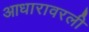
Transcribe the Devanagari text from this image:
आधारावरली